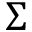
\Sigma